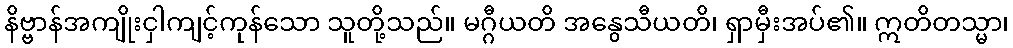
နိဗ္ဗာန်အကျိုးငှါကျင့်ကုန်သော သူတို့သည်။ မဂ္ဂီယတိ အနွေသီယတိ၊ ရှာမှီးအပ်၏။ ဣတိတသ္မာ၊